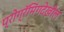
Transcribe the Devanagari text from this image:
प्रोग्रॅमिंगदेखील